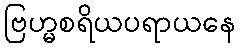
ဗြဟ္မစရိယပရာယနေ